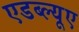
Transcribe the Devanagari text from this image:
एडब्ल्यूए